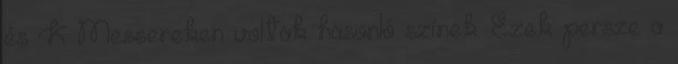
és K Messereken voltak hasonló színek. Ezek persze a